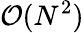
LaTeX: \mathcal{O}(N^{2})